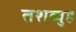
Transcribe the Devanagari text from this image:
तशव्वुह